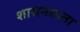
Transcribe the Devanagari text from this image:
शासनसत्‍ता